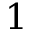
1